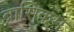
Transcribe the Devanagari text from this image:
ब्रासिकम